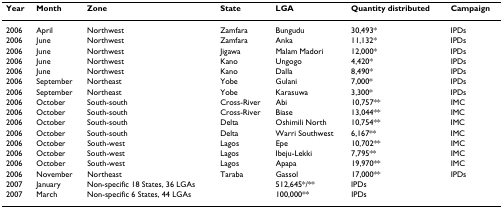
| Year | Month | Zone | State | LGA | Quantity distributed | Campaign |
 | --- | --- | --- | --- | --- | --- | --- |
 | 2006 | April | Northwest | Zamfara | Bungudu | 30,493* | IPDs |
 | 2006 | June | Northwest | Zamfara | Anka | 11,132* | IPDs |
 | 2006 | June | Northwest | Jigawa | Malam Madori | 12,000* | IPDs |
 | 2006 | June | Northwest | Kano | Ungogo | 4,420* | IPDs |
 | 2006 | June | Northwest | Kano | Dalla | 8,490* | IPDs |
 | 2006 | September | Northeast | Yobe | Gulani | 7,000* | IPDs |
 | 2006 | September | Northeast | Yobe | Karasuwa | 3,300* | IPDs |
 | 2006 | October | South-south | Cross-River | Abi | 10,757** | IMC |
 | 2006 | October | South-south | Cross-River | Biase | 13,044** | IMC |
 | 2006 | October | South-south | Delta | Oshimili North | 10,754** | IMC |
 | 2006 | October | South-south | Delta | Warri Southwest | 6,167** | IMC |
 | 2006 | October | South-west | Lagos | Epe | 10,702** | IMC |
 | 2006 | October | South-west | Lagos | Ibeju-Lekki | 7,795** | IMC |
 | 2006 | October | South-west | Lagos | Apapa | 19,970** | IMC |
 | 2006 | November | Northeast | Taraba | Gassol | 17,000** | IPDs |
 | 2007 | January | Non-specific 18 States, 36 LGAs |  | 512,645*/** | IPDs |  |
 | 2007 | March | Non-specific 6 States, 44 LGAs |  | 100,000** | IPDs |  |